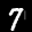
Label: 7